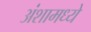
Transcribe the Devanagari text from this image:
अंशामध्ये